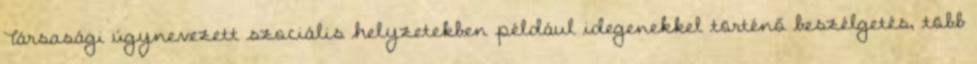
Társasági úgynevezett szociális helyzetekben például idegenekkel történő beszélgetés, több